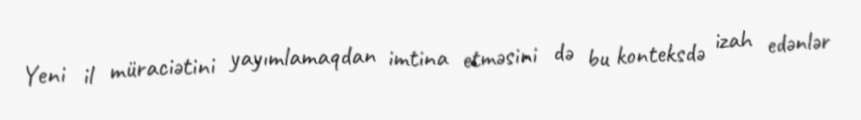
Yeni il müraciətini yayımlamaqdan imtina etməsini də bu konteksdə izah edənlər